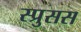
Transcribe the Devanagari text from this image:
स्प्रुसस